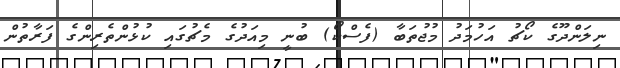
ނިލަންދޫގެ ކޯޗު އަހުމަދު މުޖުތަބާ (ފެސްކޯ) ބުނީ މިއަދުގެ މެޗުގައި ކުޅުންތެރިންގެ ފަރާތުން